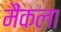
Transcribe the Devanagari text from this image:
मैंकला